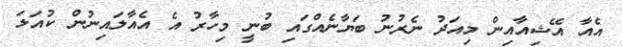
އެއާ އޭޝިއާއިން މިއަދު ނެރުނު ބަޔާނެއްގައި ބުނީ މިހާރު އެ އެއާލައިނުން ކުއަލަ